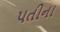
પતીના